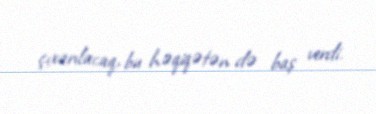
çıxarılacaq, bu həqiqətən də baş verdi.